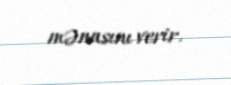
mənasını verir.